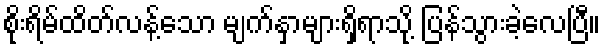
စိုးရိမ်ထိတ်လန့်သော မျက်နှာများရှိရာသို့ ပြန်သွားခဲ့လေပြီ။